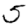
Digit: 5